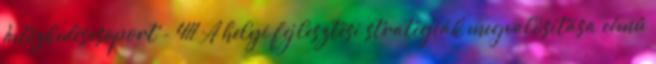
Intézkedéscsoport - 411 A helyi fejlesztési stratégiák megvalósítása című